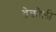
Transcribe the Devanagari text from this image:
डेक्रौली